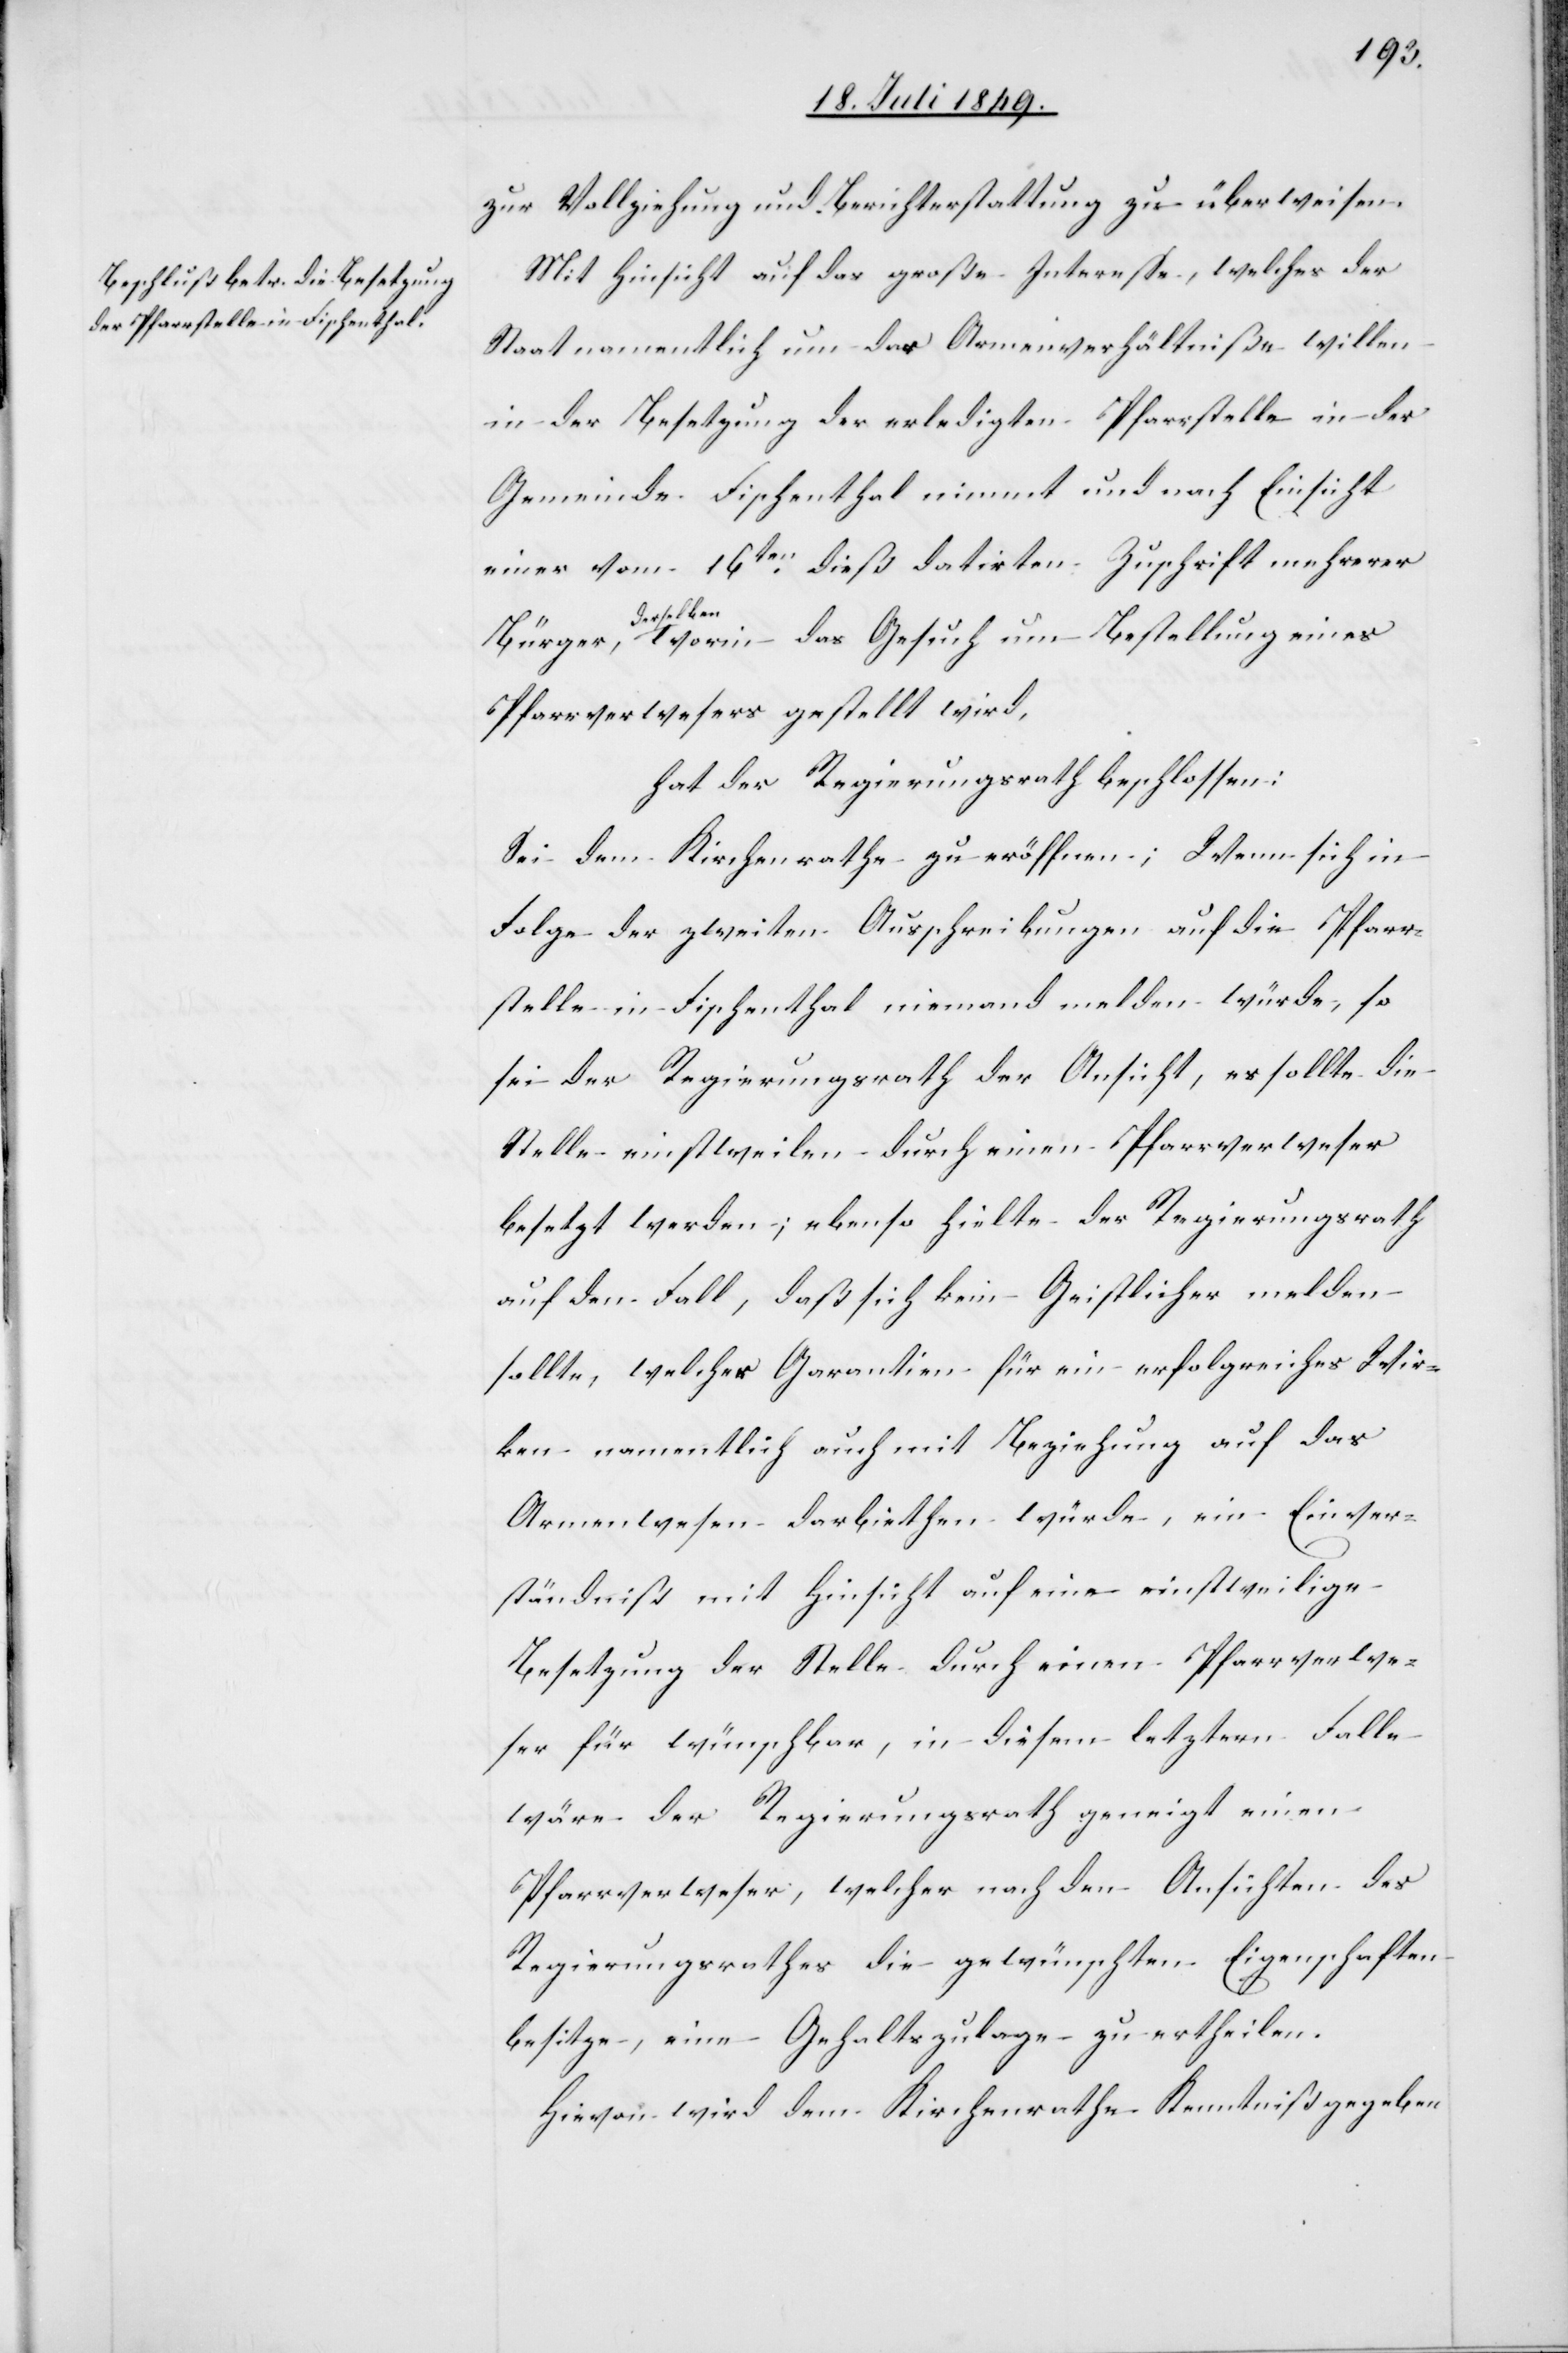
zur Vollziehung und Berichterstattung zu überweisen.
Mit Hinsicht auf das große Interesse, welches der
Staat namentlich um das Armenverhältniße willen
in der Besetzung der erledigten Pfarrstelle in der
Gemeinde Fischenthal nimmt und nach Einsicht
einer vom 16ten dieß datirten Zuschrift mehrerer
derselben
worin das Gesuch um Bestellung eines
Bürger,
Pfarrverwesers gestellt wird,
hat der Regierungsrath beschlossen:
Sei dem Kirchenrathe zu eröffnen; Wenn sich in
Folge der zweiten Ausschreibungen auf die Pfarr¬
stelle in Fischenthal niemand melden würde, so
sei der Regierungsrath der Ansicht, es sollte die
Stelle einstweilen durch einen Pfarrverweser
besetzt werden; ebenso hielte der Regierungsrath
auf dem Fall, daß sich kein Geistlicher melden
sollte, welcher Garantien für ein erfolgreiches Wir¬
ken namentlich auch mit Beziehung auf das
Armenwesen darbiethen würde, ein Einver¬
ständniß mit Hinsicht auf eine einstweilige
Besetzung der Stelle durch einen Pfarrverwe¬
ser für wünschbar, in diesem letztern Falle
wäre der Regierungsrath geneigt einen
Pfarrverweser, welcher nach den Ansichten des
Regierungsrathes die gewünschten Eigenschaften
besitze, eine Gehaltszulage zu ertheilen.
Hievon wird dem Kirchenrathe Kenntniß gegeben